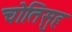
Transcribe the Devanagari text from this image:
चोतिसुह